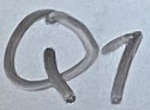
Text: Q1